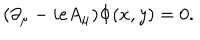
( \partial _ { \mu } - i e A _ { \mu } ) \Phi ( x , y ) = 0 .